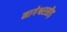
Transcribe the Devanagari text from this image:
नागेश्वरसौड़